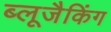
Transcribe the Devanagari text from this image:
ब्लूजैकिंग